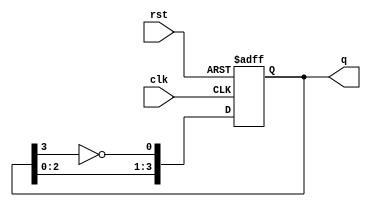
module JohnsonCounter (
    input wire clk,        // Clock input
    input wire rst,        // Asynchronous reset
    output reg [3:0] q     // 4-bit output representing the state
);

    always @(posedge clk or posedge rst) begin
        if (rst) begin
            q <= 4'b0000; // Reset the counter to 0
        end else begin
            // Johnson counter logic
            q[0] <= ~q[3]; // Invert the output of the last flip-flop to feed back to the first
            q[1] <= q[0];  // Shift the state left
            q[2] <= q[1];
            q[3] <= q[2];
        end
    end

endmodule